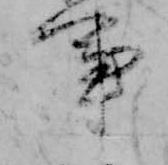
事